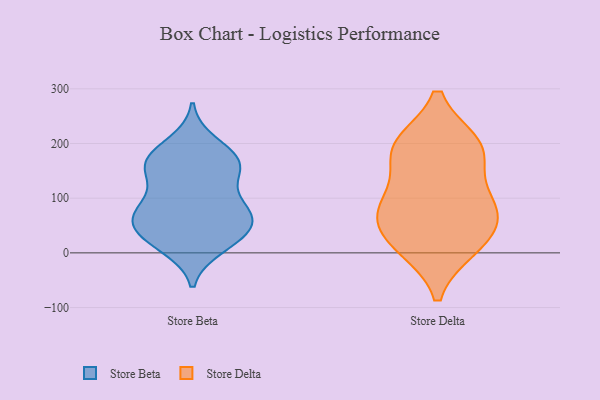
{"axis": {"x": "Page Views", "y": "Value"}, "legend": ["Store Beta", "Store Delta"], "data": [{"x": "", "y": 168, "type": "Store Beta"}, {"x": "", "y": 200, "type": "Store Beta"}, {"x": "", "y": 12, "type": "Store Beta"}, {"x": "", "y": 33, "type": "Store Beta"}, {"x": "", "y": 163, "type": "Store Beta"}, {"x": "", "y": 78, "type": "Store Beta"}, {"x": "", "y": 165, "type": "Store Beta"}, {"x": "", "y": 42, "type": "Store Beta"}, {"x": "", "y": 73, "type": "Store Beta"}, {"x": "", "y": 70, "type": "Store Beta"}, {"x": "", "y": 41, "type": "Store Beta"}, {"x": "", "y": 154, "type": "Store Beta"}, {"x": "", "y": 170, "type": "Store Beta"}, {"x": "", "y": 75, "type": "Store Beta"}, {"x": "", "y": 131, "type": "Store Beta"}, {"x": "", "y": 19, "type": "Store Beta"}, {"x": "", "y": 82, "type": "Store Beta"}, {"x": "", "y": 85, "type": "Store Delta"}, {"x": "", "y": 10, "type": "Store Delta"}, {"x": "", "y": 172, "type": "Store Delta"}, {"x": "", "y": 35, "type": "Store Delta"}, {"x": "", "y": 68, "type": "Store Delta"}, {"x": "", "y": 196, "type": "Store Delta"}, {"x": "", "y": 81, "type": "Store Delta"}, {"x": "", "y": 98, "type": "Store Delta"}, {"x": "", "y": 11, "type": "Store Delta"}, {"x": "", "y": 198, "type": "Store Delta"}, {"x": "", "y": 195, "type": "Store Delta"}]}